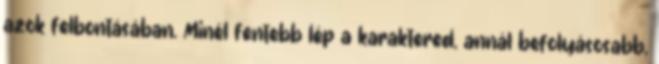
azok felbontásában. Minél fentebb lép a karaktered, annál befolyásosabb,